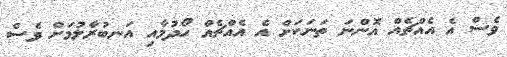
ވެސް އެ އެއްޗެއް އޮންނަ ތަނަކަަށް އެ އެއްޗެއް ހޯދުމާއި އަނބުރާލުމަށް ވެސް